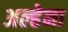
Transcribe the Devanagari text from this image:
अल्हेना